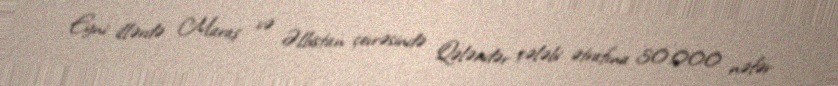
Eyni illərdə Maraş və Əlbistan çevrəsində Qələndər çələbi ətrafına 30.000 nəfər